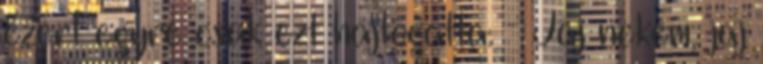
ezért egyre csak ezt hajtogatta: - Jaj nekem, jaj